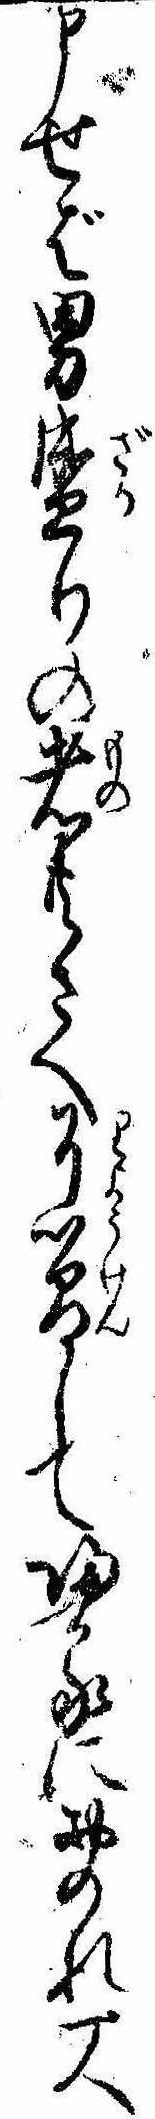
申せば男盛りの者共さへ了簡して帰るにおのれ一人